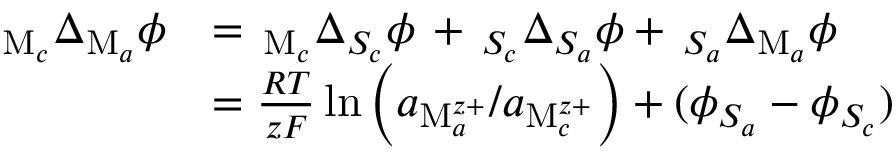
\begin{array} { r l } { _ { \mathrm { M } _ { c } } \Delta _ { \mathrm { M } _ { a } } \phi } & { = \, _ { \mathrm { M } _ { c } } \Delta _ { S _ { c } } \phi \, + \, _ { S _ { c } } \Delta _ { S _ { a } } \phi + \, _ { S _ { a } } \Delta _ { \mathrm { M } _ { a } } \phi } \\ & { = \frac { R T } { z F } \ln \left( a _ { \mathrm { M } _ { a } ^ { z + } } / a _ { \mathrm { M } _ { c } ^ { z + } } \right) + ( \phi _ { S _ { a } } - \phi _ { S _ { c } } ) } \end{array}